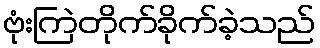
ဗုံးကြဲတိုက်ခိုက်ခဲ့သည်